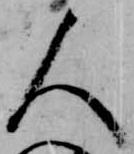
人